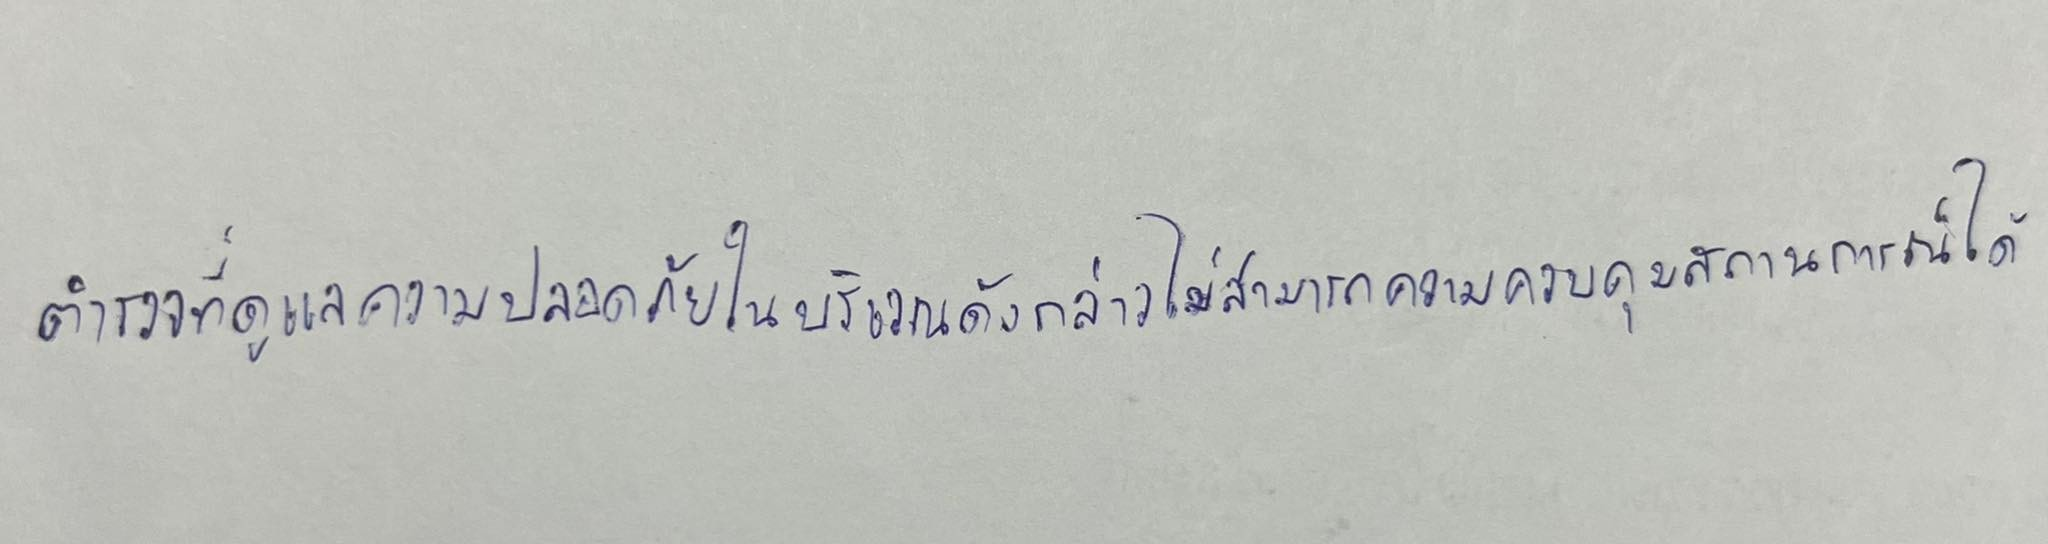
ตำรวจที่ดูแลความปลอดภัยในบริเวณดังกล่าวไม่สามารถควบคุมสถานการณ์ได้